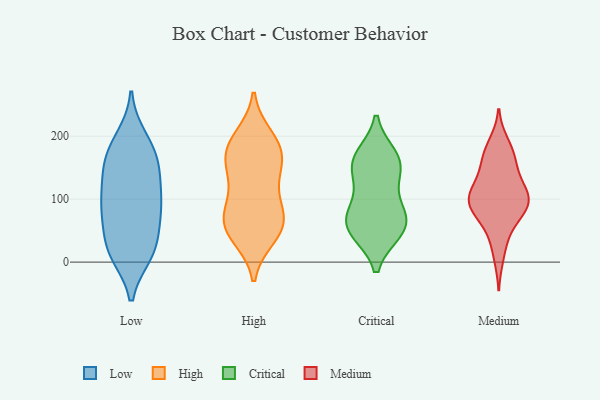
{"axis": {"x": "Market Share (%)", "y": "Value"}, "legend": ["Critical", "High", "Low", "Medium"], "data": [{"x": "", "y": 78, "type": "Low"}, {"x": "", "y": 121, "type": "Low"}, {"x": "", "y": 167, "type": "Low"}, {"x": "", "y": 89, "type": "Low"}, {"x": "", "y": 131, "type": "Low"}, {"x": "", "y": 118, "type": "Low"}, {"x": "", "y": 81, "type": "Low"}, {"x": "", "y": 14, "type": "Low"}, {"x": "", "y": 53, "type": "Low"}, {"x": "", "y": 160, "type": "Low"}, {"x": "", "y": 98, "type": "Low"}, {"x": "", "y": 198, "type": "Low"}, {"x": "", "y": 72, "type": "Low"}, {"x": "", "y": 193, "type": "Low"}, {"x": "", "y": 163, "type": "Low"}, {"x": "", "y": 162, "type": "Low"}, {"x": "", "y": 13, "type": "Low"}, {"x": "", "y": 29, "type": "Low"}, {"x": "", "y": 12, "type": "Low"}, {"x": "", "y": 17, "type": "Low"}, {"x": "", "y": 161, "type": "High"}, {"x": "", "y": 153, "type": "High"}, {"x": "", "y": 131, "type": "High"}, {"x": "", "y": 199, "type": "High"}, {"x": "", "y": 95, "type": "High"}, {"x": "", "y": 87, "type": "High"}, {"x": "", "y": 76, "type": "High"}, {"x": "", "y": 62, "type": "High"}, {"x": "", "y": 188, "type": "High"}, {"x": "", "y": 46, "type": "High"}, {"x": "", "y": 184, "type": "High"}, {"x": "", "y": 147, "type": "High"}, {"x": "", "y": 49, "type": "High"}, {"x": "", "y": 182, "type": "High"}, {"x": "", "y": 63, "type": "High"}, {"x": "", "y": 40, "type": "High"}, {"x": "", "y": 74, "type": "Critical"}, {"x": "", "y": 102, "type": "Critical"}, {"x": "", "y": 52, "type": "Critical"}, {"x": "", "y": 68, "type": "Critical"}, {"x": "", "y": 50, "type": "Critical"}, {"x": "", "y": 152, "type": "Critical"}, {"x": "", "y": 152, "type": "Critical"}, {"x": "", "y": 167, "type": "Critical"}, {"x": "", "y": 55, "type": "Critical"}, {"x": "", "y": 158, "type": "Critical"}, {"x": "", "y": 92, "type": "Medium"}, {"x": "", "y": 120, "type": "Medium"}, {"x": "", "y": 40, "type": "Medium"}, {"x": "", "y": 94, "type": "Medium"}, {"x": "", "y": 103, "type": "Medium"}, {"x": "", "y": 169, "type": "Medium"}, {"x": "", "y": 62, "type": "Medium"}, {"x": "", "y": 149, "type": "Medium"}, {"x": "", "y": 98, "type": "Medium"}, {"x": "", "y": 82, "type": "Medium"}, {"x": "", "y": 10, "type": "Medium"}, {"x": "", "y": 117, "type": "Medium"}, {"x": "", "y": 119, "type": "Medium"}, {"x": "", "y": 188, "type": "Medium"}, {"x": "", "y": 176, "type": "Medium"}, {"x": "", "y": 87, "type": "Medium"}, {"x": "", "y": 89, "type": "Medium"}, {"x": "", "y": 158, "type": "Medium"}]}